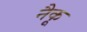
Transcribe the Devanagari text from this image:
नैकू